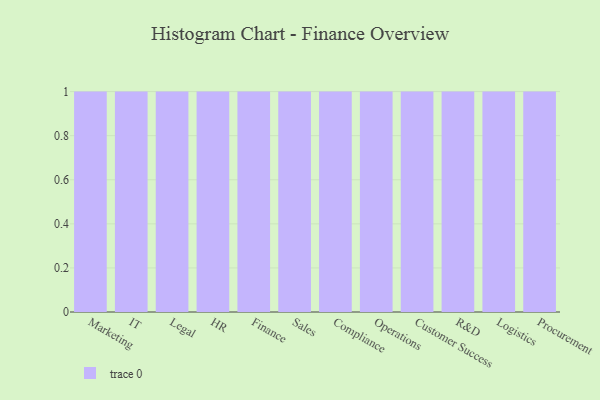
{"axis": {"x": "Department", "y": "Bounce Rate (%)"}, "legend": [""], "data": [{"x": "Marketing", "y": 78, "type": ""}, {"x": "IT", "y": 65, "type": ""}, {"x": "Legal", "y": 88, "type": ""}, {"x": "HR", "y": 97, "type": ""}, {"x": "Finance", "y": 60, "type": ""}, {"x": "Sales", "y": 67, "type": ""}, {"x": "Compliance", "y": 98, "type": ""}, {"x": "Operations", "y": 26, "type": ""}, {"x": "Customer Success", "y": 93, "type": ""}, {"x": "R&D", "y": 16, "type": ""}, {"x": "Logistics", "y": 23, "type": ""}, {"x": "Procurement", "y": 97, "type": ""}]}